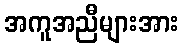
အကူအညီများအား